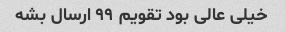
خیلی عالی بود تقویم ۹۹ ارسال بشه